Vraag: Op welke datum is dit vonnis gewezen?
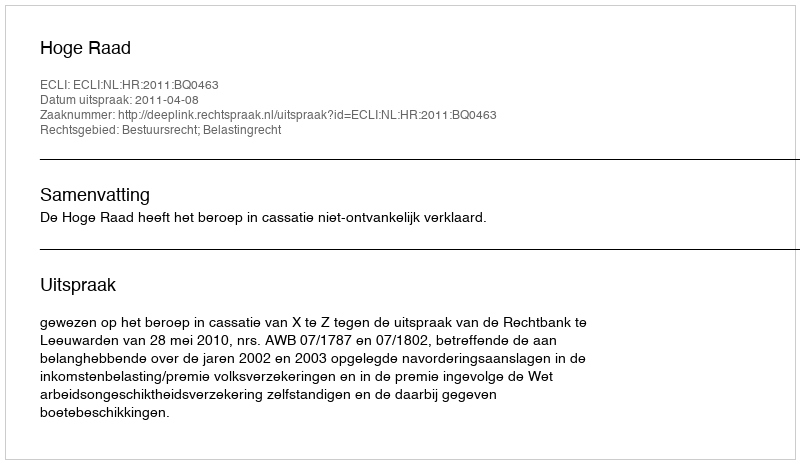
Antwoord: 2011-04-08